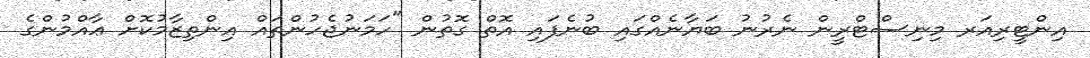
އިންޓީރިއަރ މިނިސްޓްރީން ނެރުނު ބަޔާނެއްގައި ބުނެފައި އޮތް ގޮތުން "ހަމަނުޖެހުންތައް އިންތިޒާމުކޮށް ޢާއްމުންގެ